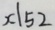
x \vert 5 2